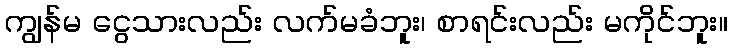
ကျွန်မ ငွေသားလည်း လက်မခံဘူး၊ စာရင်းလည်း မကိုင်ဘူး။